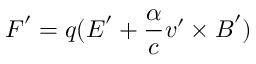
\boldsymbol { F } ^ { \prime } = q ( \boldsymbol { E } ^ { \prime } + \frac { \alpha } { c } \boldsymbol { v } ^ { \prime } \times \boldsymbol { B } ^ { \prime } )